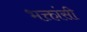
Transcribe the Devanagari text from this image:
भक्तांसी